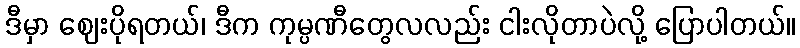
ဒီမှာ ဈေးပိုရတယ်၊ ဒီက ကုမ္ပဏီတွေလလည်း ငါးလိုတာပဲလို့ ပြောပါတယ်။